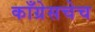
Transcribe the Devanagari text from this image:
काँग्रेसचेच